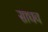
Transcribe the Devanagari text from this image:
साधव